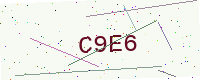
Text: C9E6